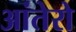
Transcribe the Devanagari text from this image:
आंतेरो